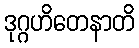
ဒုဂ္ဂဟိတေနာတိ